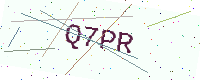
Text: Q7PR